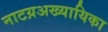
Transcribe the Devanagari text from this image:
नाटय़अख्यायिका